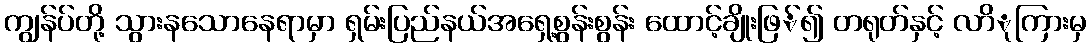
ကျွန်ပ်တို့ သွားနသောနေရာမှာ ရှမ်းပြည်နယ်အရှေ့စွန်းစွန်း ထောင့်ချိုးဖြ်၍ တရုတ်နှင့် လာိုကြားမှ